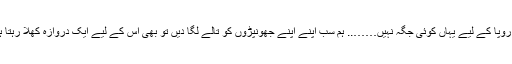
کہ رُوپا کے لیے یہاں کوئی جگہ نہیں…….. ہم سب اپنے اپنے جھونپڑوں کو تالے لگا دیں تو بھی اس کے لیے ایک دروازہ کھُلا رہتا ہے۔